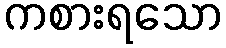
ကစားရသော